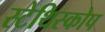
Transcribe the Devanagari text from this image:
स्टेथिस्कोप